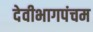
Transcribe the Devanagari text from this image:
देवीभागपंचम